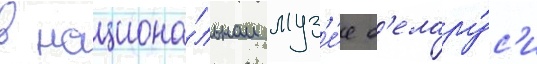
в национа́льном муз'е́е б'елару́с'и